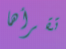
تقرأها